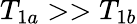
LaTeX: T_{1a}>>T_{1b}